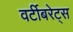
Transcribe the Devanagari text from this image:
वर्टीबरेट्स